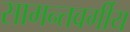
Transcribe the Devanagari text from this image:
सामन्तवर्गीय